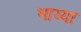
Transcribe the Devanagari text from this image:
भाय्या